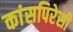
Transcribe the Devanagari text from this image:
कांसपिरेसी